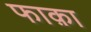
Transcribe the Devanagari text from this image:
फाक़ा